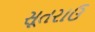
સૂતરાઉ